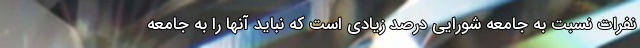
نفرات نسبت به جامعه شورایی درصد زیادی است که نباید آنها را به جامعه